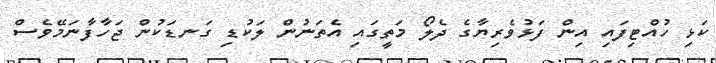
ކަޅި ހުއްޓިފައި އިން ފަޅުވެރިޔާގެ ދެލޯ މަތީގައި އެތަނުން ލަކުޑި ގަނޑަކުން ޖަހާފާނަމޭވެސް